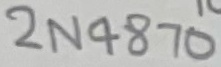
Text: 2N4870